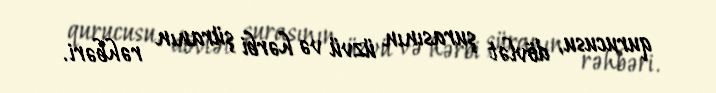
qurucusu, dövlət şurasının üzvü və hərbi şüranın rəhbəri.